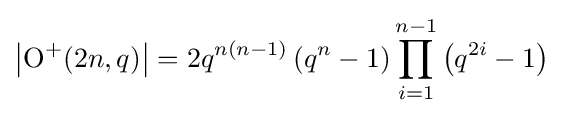
\left|\operatorname {O} ^{+}(2n,q)\right|=2q^{n(n-1)}\left(q^{n}-1\right)\prod _{i=1}^{n-1}\left(q^{2i}-1\right)